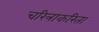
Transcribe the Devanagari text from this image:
चरित्राकरिता